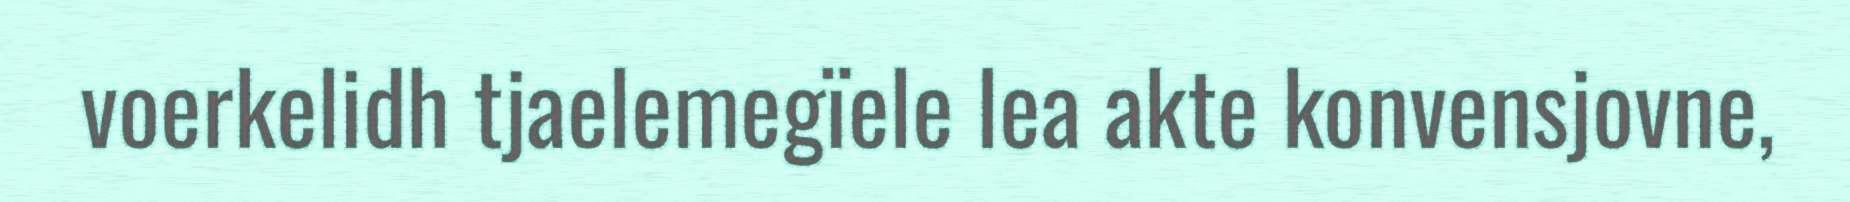
voerkelidh tjaelemegïele lea akte konvensjovne,